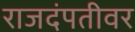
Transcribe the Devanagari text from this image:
राजदंपतीवर